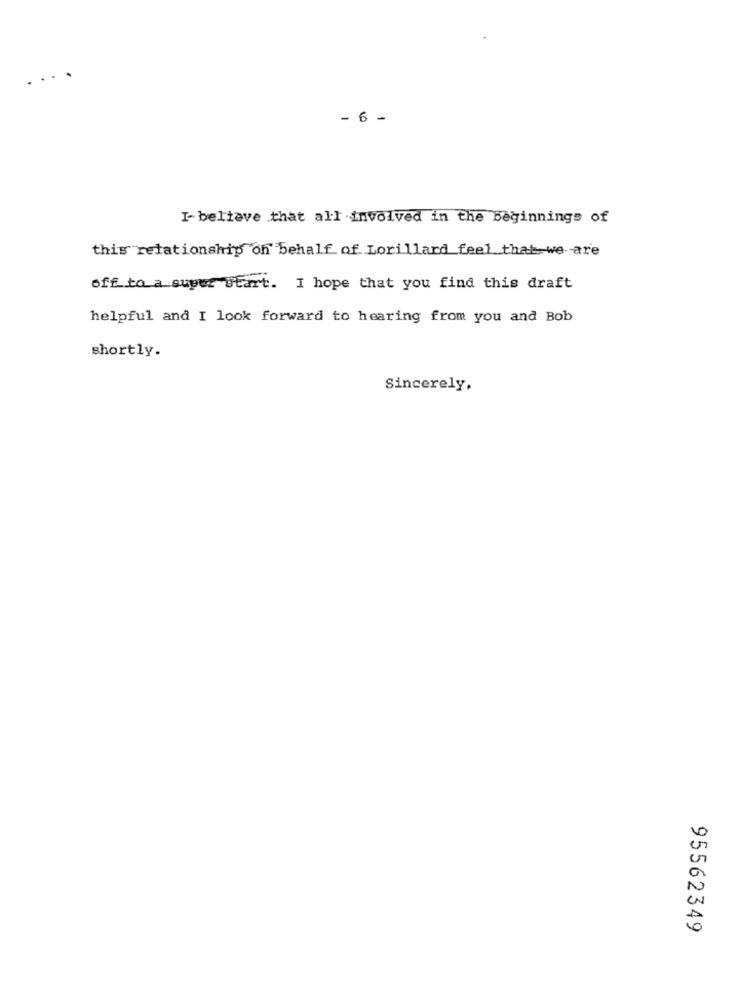
....
- 6 -
I- believe that all involved in the beginnings of
this relationship on behalf of Lorillard feel that we are
off to a super Start. I hope that you find this draft
helpful and I look forward to hearing from you and Bob
shortly.
Sincerely.
95562349